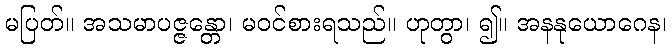
မပြတ်။ အသမာပဇ္ဇန္တော၊ မဝင်စားရသည်။ ဟုတွာ၊ ၍။ အနနုယောဂေန၊